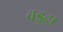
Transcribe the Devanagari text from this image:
वड्र्ढा